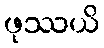
ဖုဿယိ